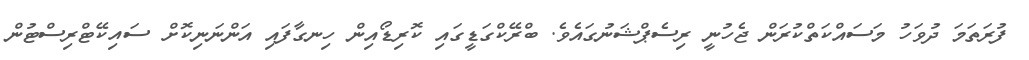
ފުރަތަމަ ދުވަހު މަސައްކަތްކުރަން ޖެހުނީ ރިސެޕްޝަނުގައެވެ. ބްރޭކްގަޑީގައި ކޮރިޑޯއިން ހިނގާފައި އަންނަނިކޮށް ސައިކޭޓްރިސްޓުން